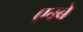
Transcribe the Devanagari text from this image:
एम्बे